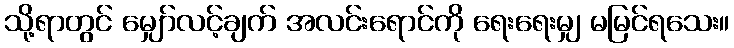
သို့ရာတွင် မျှော်လင့်ချက် အလင်းရောင်ကို ရေးရေးမျှ မမြင်ရသေး။